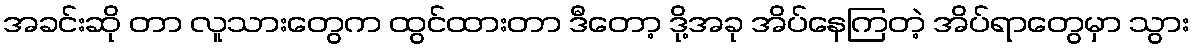
အခင်းဆို တာ လူသားတွေက ထွင်ထားတာ ဒီတော့ ဒို့အခု အိပ်နေကြတဲ့ အိပ်ရာတွေမှာ သွား